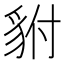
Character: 𮙨